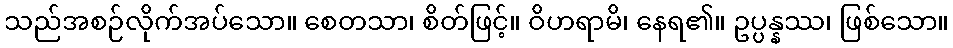
သည်အစဉ်လိုက်အပ်သော။ စေတသာ၊ စိတ်ဖြင့်။ ဝိဟရာမိ၊ နေရ၏။ ဥပ္ပန္နဿ၊ ဖြစ်သော။